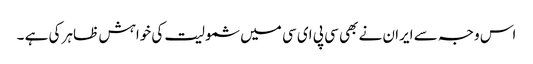
اس وجہ سے ایران نے بھی سی پی ای سی میں شمولیت کی خواہش ظاہر کی ہے ۔